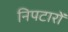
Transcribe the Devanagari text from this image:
निपटारों